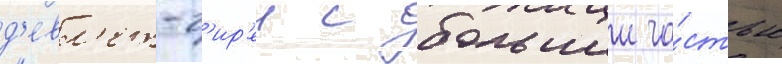
д'евл'ет-г'ир'еи с большеи ча́стью